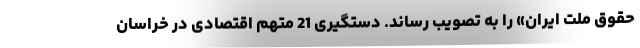
حقوق ملت ایران» را به تصویب رساند. دستگیری 21 متهم اقتصادی در خراسان